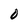
Character: 0